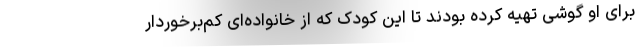
برای او گوشی تهیه کرده بودند تا این کودک که از خانواده‌ای کم‌برخوردار